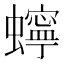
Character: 䗿